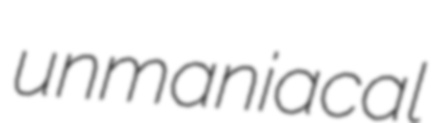
unmaniacal